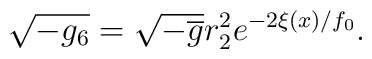
\sqrt{-g_{6}}=\sqrt{-\overline{g}}r_{2}^{2}e^{-2\xi (x)/f_{0}}.